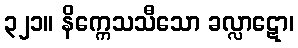
၃၂၁။ နိက္ကေသသီသော ခလ္လာဋော၊